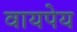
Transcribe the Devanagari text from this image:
वायपेय